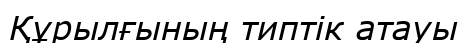
Құрылғының типтік атауы